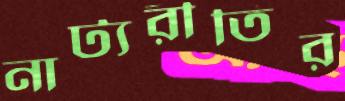
নাট্যরীতির